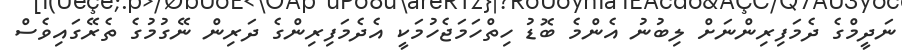
ނަދީމްގެ ދެމަފިރިންނަށް ލިބުނު އެންމެ ބޮޑު ހިތްހަމަޖެހުމަކީ އެދެމަފިރިންގެ ދަރިން ނޭގުމުގެ ތެރޭގައިވެސް